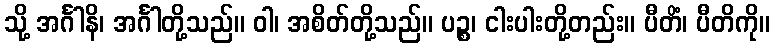
သို့ အင်္ဂါနိ၊ အင်္ဂါတို့သည်။ ဝါ၊ အစိတ်တို့သည်။ ပဉ္စ၊ ငါးပါးတို့တည်း။ ပီတိံ၊ ပီတိကို။